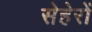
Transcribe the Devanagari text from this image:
सेहेरों